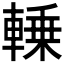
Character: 𰹛